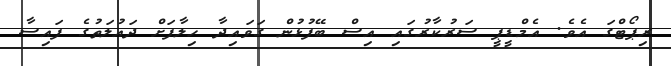
ރިޕޯޓްގަ އެވެ. އެމްޑީޕީ ސަރުކާރުގައި އިސް ބޭފުޅުން ގަވައިދާ ހިލާފަށް ދައުލަތުގެ ފައިސާ